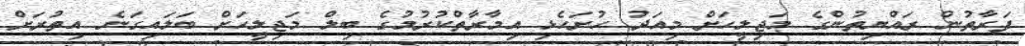
ފަރާތުން ރައްޔިތުންގެ މަޖިލީހަށް މިއަދު ހުށަހެޅި އިމާރާތްކުރުމުގެ ބިލް މަޖިލީހަށް ބަލައިގަނެ އިތުރަށް